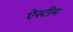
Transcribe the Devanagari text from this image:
ऐस्टीम